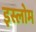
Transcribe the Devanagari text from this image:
इस्लोम